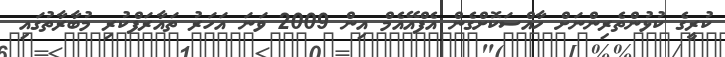
ކުރީގެ ކުޅުންތެރިންނަށް ހާއްސަކޮށްގެން އެފްއޭއެމް އިން 2009 ވަނަ އަހަރު ތައާރަފްކުރި މުބާރާތުގައި